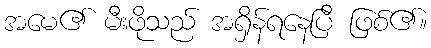
အမေ၏ မီးဖိုသည် အရှိန်ရနေပြီ ဖြစ်၏။